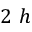
2 ~ h